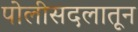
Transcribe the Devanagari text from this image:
पोलीसदलातून